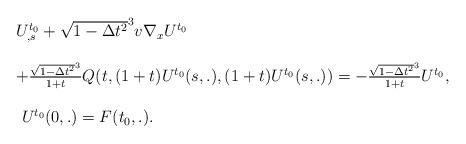
LaTeX: \begin{align*}\begin{array}{ll}U^{t_{ 0}}_{,s}+\sqrt{1-\Delta t^2}^3v\nabla_x U^{t_0}\\\\+\frac{\sqrt{1-\Delta t^2}^3}{1+t}Q(t,(1+t )U^{t_{ 0}}(s,.),(1+t )U^{t_{ 0}}(s,.))=-\frac{\sqrt{1-\Delta t^2}^3}{1+t}U^{t_{0}},\\\\~U^{t_{0}}(0,.)=F(t_{ 0},.).\end{array}\end{align*}